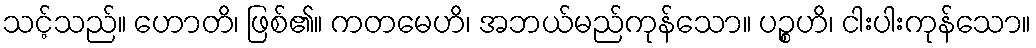
သင့်သည်။ ဟောတိ၊ ဖြစ်၏။ ကတမေဟိ၊ အဘယ်မည်ကုန်သော။ ပဉ္စဟိ၊ ငါးပါးကုန်သော။